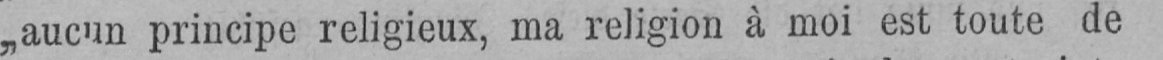
„aucun principe religieux, ma religion à moi est toute de